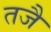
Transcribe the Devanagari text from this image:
तजै